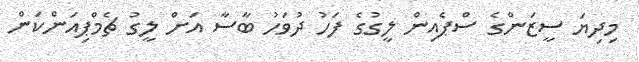
މިދިޔަ ސީޒަންގެ ސްޕެއިން ލީގުގެ ފަހު ދުވަހު ބާސާ އަށް ލީގު ޗެމްޕިއަންކަން